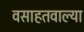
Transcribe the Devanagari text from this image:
वसाहतवाल्या